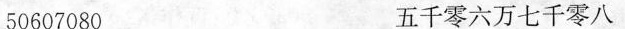
50607080 五千零六万七千零八